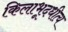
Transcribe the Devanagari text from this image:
किलाभूदधीत्य